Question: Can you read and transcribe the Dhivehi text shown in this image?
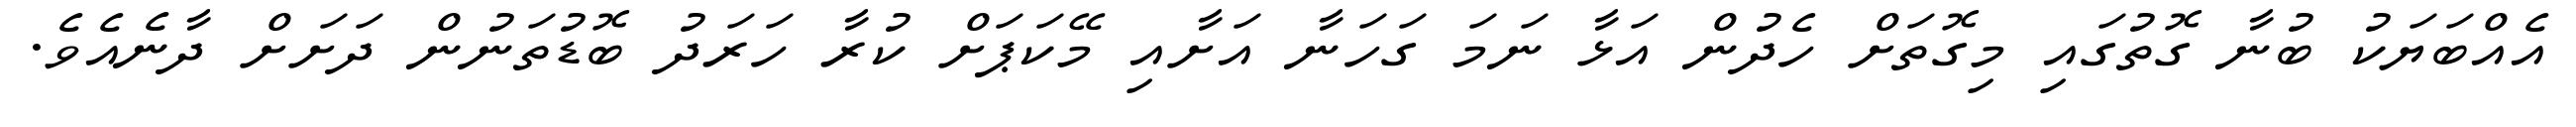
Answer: އެއްބަޔަކު ބުނާ ގޮތުގައި މިގޮތަށް ހެދުން އަޅާ ނަމަ ގަހަނާ އަށާއި މޭކަޕަށް ކުރާ ހަރަދު ބޮޑުތަނުން ދަށަށް ދާނެއެވެ.